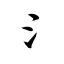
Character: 氵